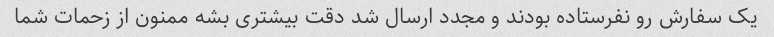
یک سفارش رو نفرستاده بودند و مجدد ارسال شد دقت بیشتری بشه ممنون از زحمات شما